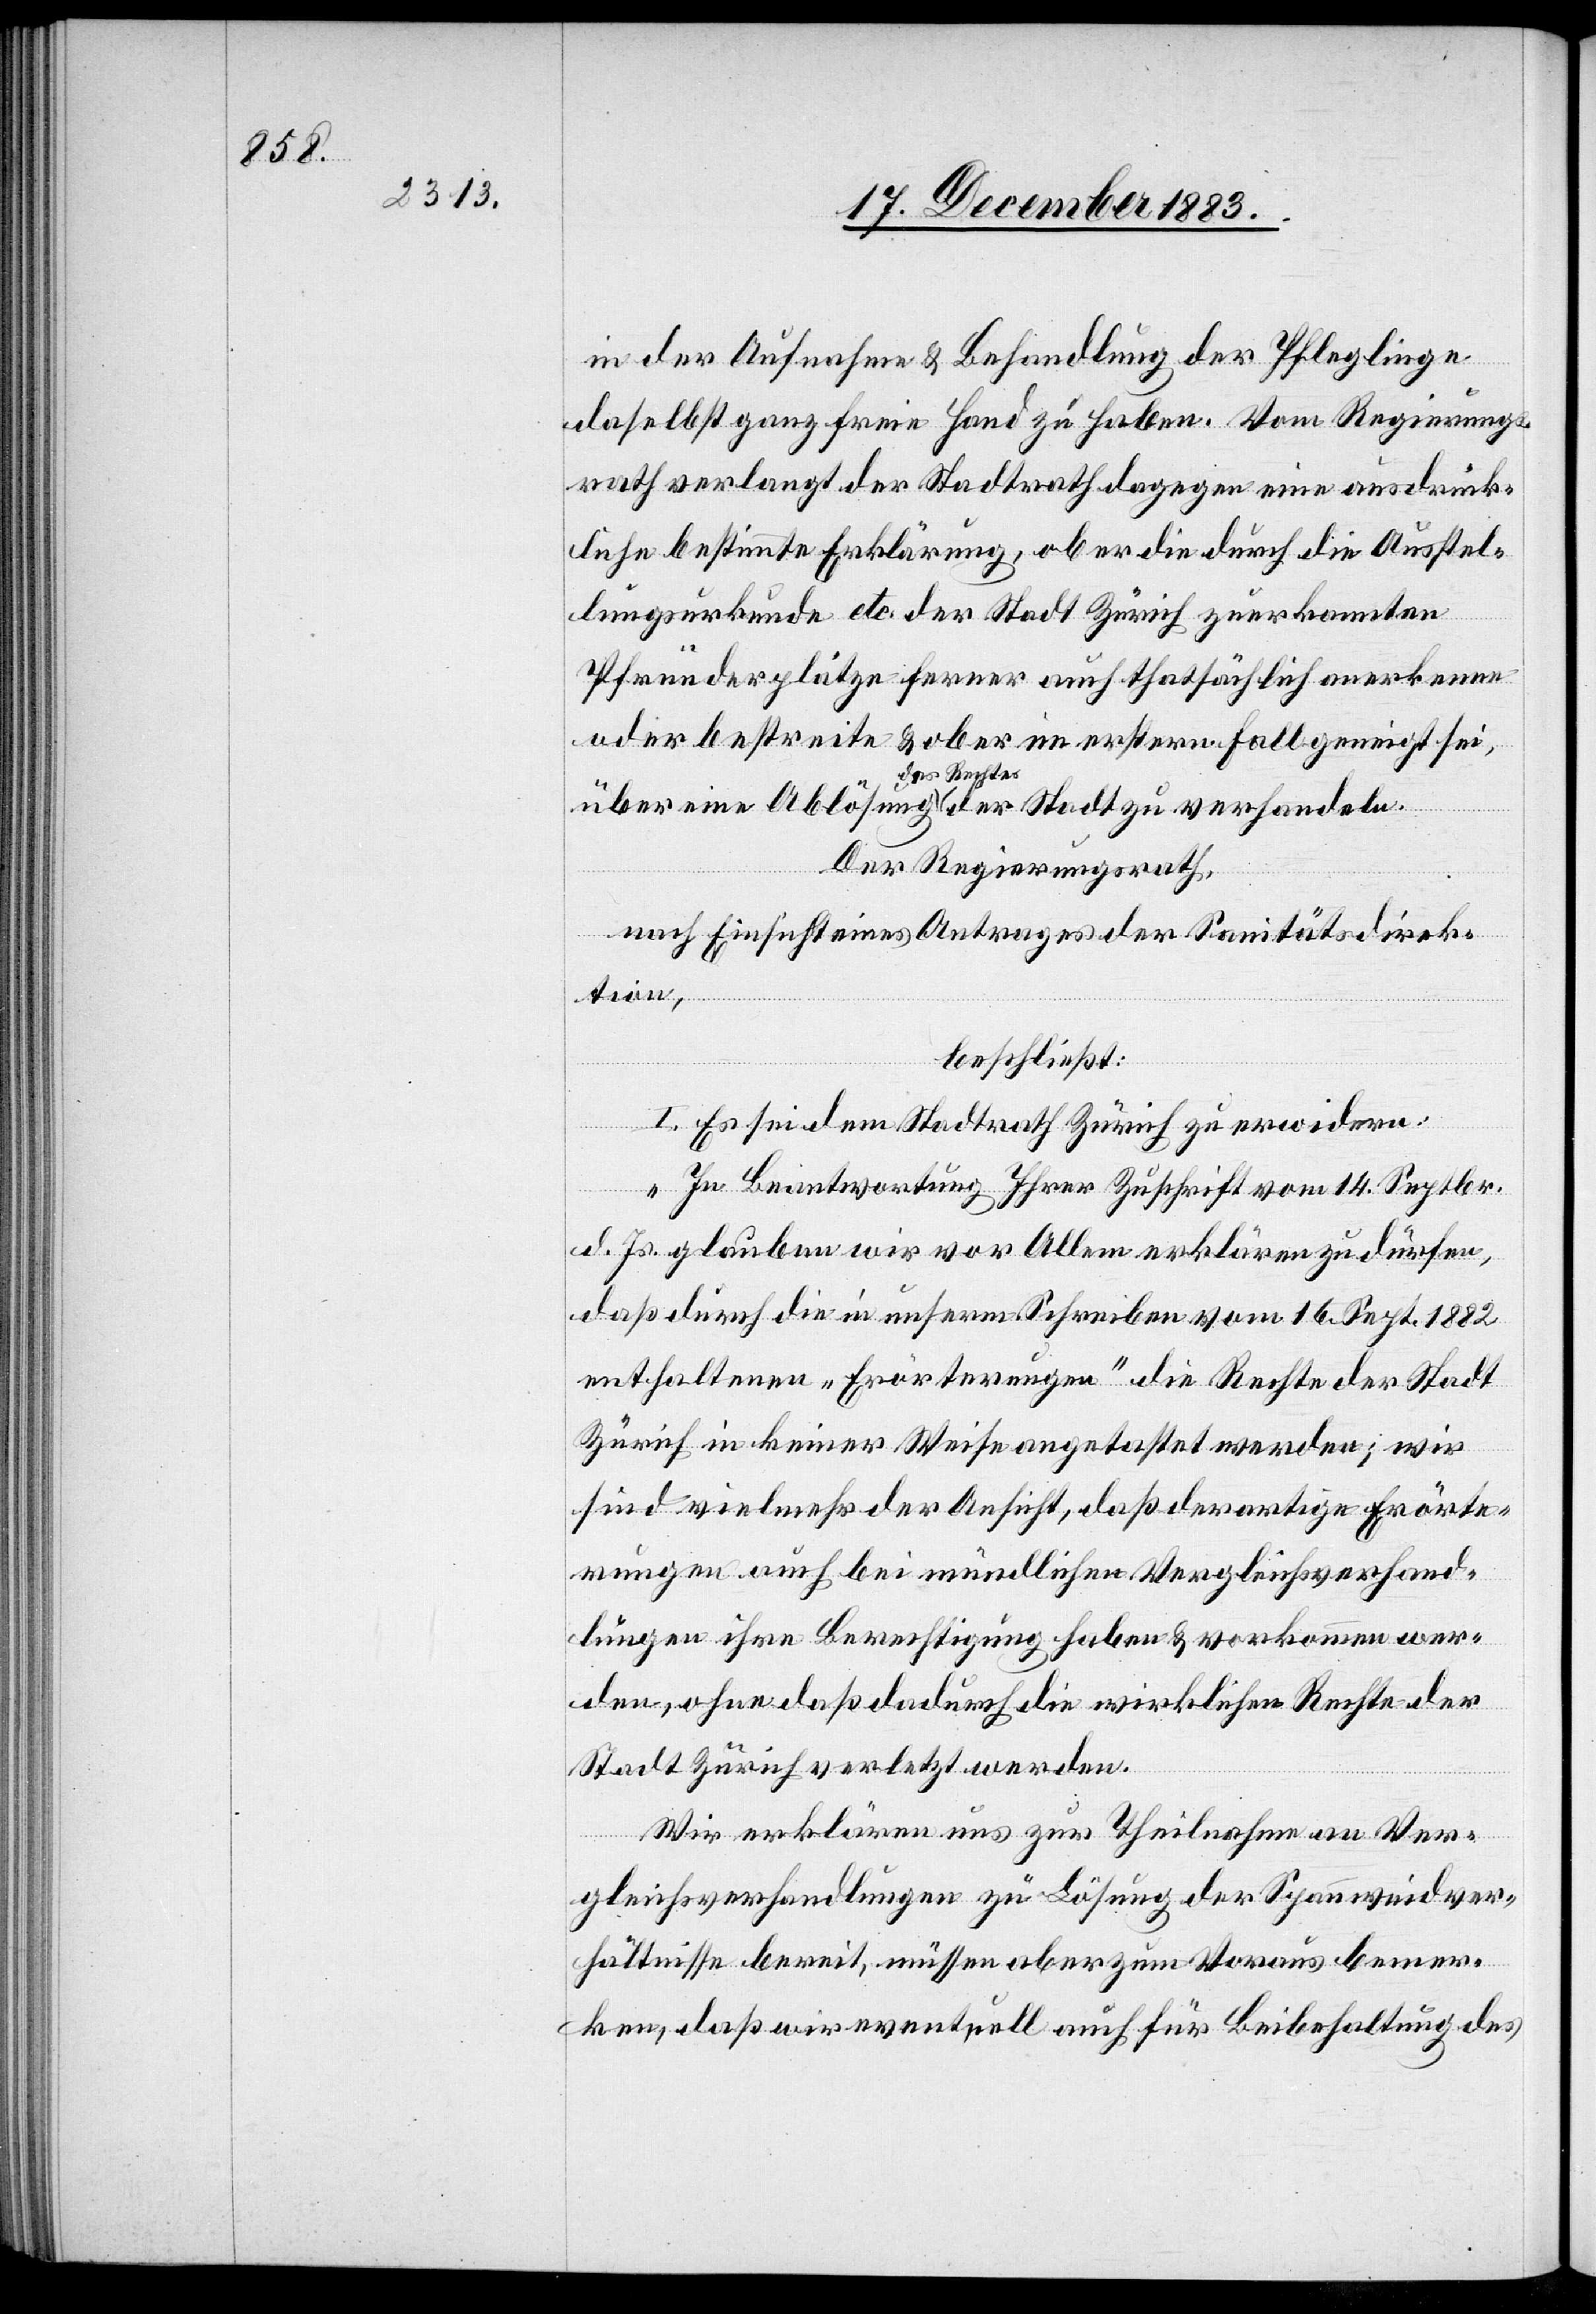
in der Aufnahme & Behandlung der Pfleglinge
daselbst ganz freie Hand zu haben. Vom Regierungs¬
rath verlangt der Stadtrath dagegen eine ausdrück¬
liche bestimmte Erklärung, ob er die durch die Ausstel¬
lungsurkunde etc. der Stadt Zürich zuerkannten
Pfründerplätze ferner auch thatsächlich anerkenne
oder bestreite & ob er im erstern Fall geneigt sei,
des Rechtes
Der Regierungsrath,
nach Einsicht eines Antrages der Sanitätsdirek¬
tion,
beschließt:
I. Es sei dem Stadtrath Zürich zu erwidern:
„In Beantwortung Ihrer Zuschrift vom 14. Septbr.
d. Js. glauben wir vor Allem erklären zu dürfen,
daß durch die in unserm Schreiben vom 16. Sept. 1882
enthaltenen „Erörterungen“ die Rechte der Stadt
Zürich in keiner Weise angetastet werden; wir
sind viel mehr der Ansicht, daß derartige Erörte¬
rungen auch bei mündlichen Vergleichsverhand¬
lungen ihre Berechtigung haben & vorkommen wer¬
den, ohne daß dadurch die wirklichen Rechte der
Stadt Zürich verletzt werden.
Wir erklären uns zur Theilnahme an Ver¬
gleichsverhandlungen zu Lösung der Spannweidver¬
hältnisse bereit, müssen aber zum Voraus bemer¬
ken, daß wir eventuell auch für Beibehaltung des